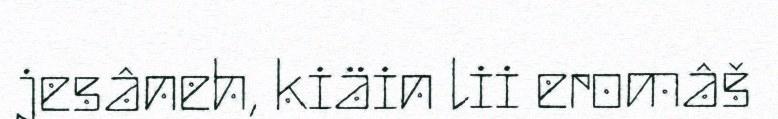
jesâneh, kiäin lii eromâš